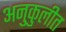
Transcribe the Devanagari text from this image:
अनुकुलीत